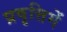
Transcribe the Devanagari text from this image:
प्रवृत्तिमें